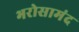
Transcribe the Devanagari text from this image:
भरोसामंद